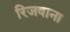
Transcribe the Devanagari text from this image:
रिजवाना